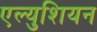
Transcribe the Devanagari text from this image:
एल्युशियन